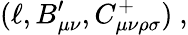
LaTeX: (\ell,B_{\mu\nu}^{\prime},C_{\mu\nu\rho\sigma}^{+})\ ,